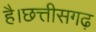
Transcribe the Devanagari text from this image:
है।छत्तीसगढ़